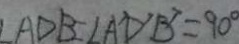
\angle A D B = \angle A D ^ { \prime } B ^ { \prime } = 9 0 ^ { \circ }